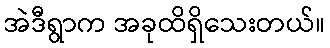
အဲဒီရွာက အခုထိရှိသေးတယ်။